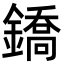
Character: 鐈